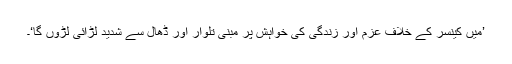
’میں کینسر کے خلاف عزم اور زندگی کی خواہش پر مبنی تلوار اور ڈھال سے شدید لڑائی لڑوں گا‘۔